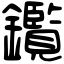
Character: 鑬